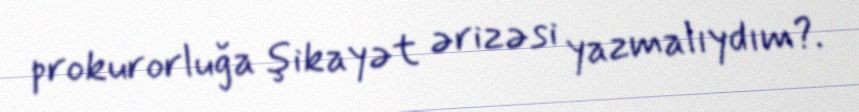
prokurorluğa şikayət ərizəsi yazmalıydım?.